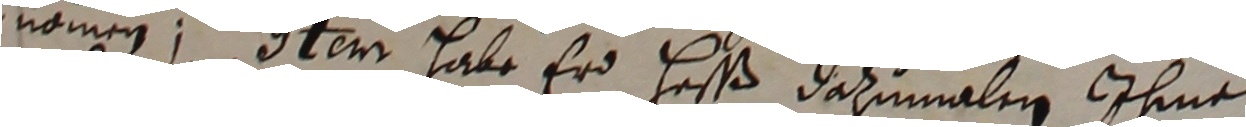
nomen, Item habe er heßß dazumalen ihme